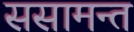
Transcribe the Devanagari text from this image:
ससामन्त